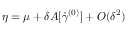
\eta = \mu + \delta A [ \dot { \gamma } ^ { ( 0 ) } ] + O ( \delta ^ { 2 } )